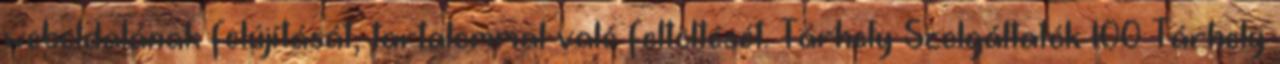
weboldalának felújítását, tartalommal való feltöltését. Tárhely Szolgáltatók 100 Tárhely